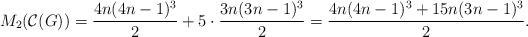
LaTeX: \begin{align*}M_{2}(\mathcal{C}(G))= \dfrac{4n(4n-1)^{3}}{2}+ 5 \cdot \dfrac{3n(3n-1)^{3}}{2}= \dfrac{4n(4n-1)^{3}+15n(3n-1)^{3}}{2}.\end{align*}